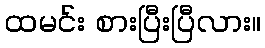
ထမင်း စားပြီးပြီလား။